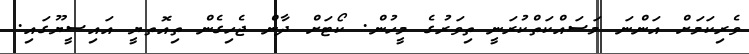
ވެރިކަމަށް އަންނަ މަސައްކަތްކުރަނީ ތިވަރުގެ މީހުން. ކޯޓަށް ދާން ޖެހިގެން ތިއޮތޔީ އައިސީޔޫގައި.